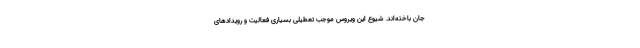
جان باخته‌اند. شیوع این ویروس موجب تعطیلی بسیاری فعالیت و رویدادهای